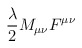
\begin{align*}{\lambda \over 2} M_{\mu\nu}F^{\mu\nu}\end{align*}